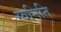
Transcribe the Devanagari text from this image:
स्वनिति